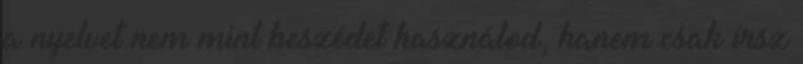
a nyelvet nem mint beszédet használod, hanem csak írsz